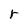
Character: r